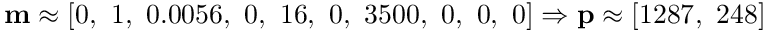
\mathbf { m } \approx [ 0 , \ 1 , \ 0 . 0 0 5 6 , \ 0 , \ 1 6 , \ 0 , \ 3 5 0 0 , \ 0 , \ 0 , \ 0 ] \Rightarrow \mathbf { p } \approx [ 1 2 8 7 , \ 2 4 8 ]